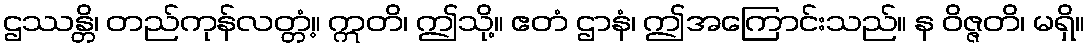
ဌဿန္တိ၊ တည်ကုန်လတ္တံ့။ ဣတိ၊ ဤသို့။ ဧတံ ဌာနံ၊ ဤအကြောင်းသည်။ န ဝိဇ္ဇတိ၊ မရှိ။